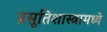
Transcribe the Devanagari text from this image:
प्रसूतिशास्त्रामध्ये